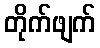
တိုက်ဖျက်